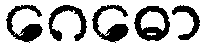
ဂေဓော